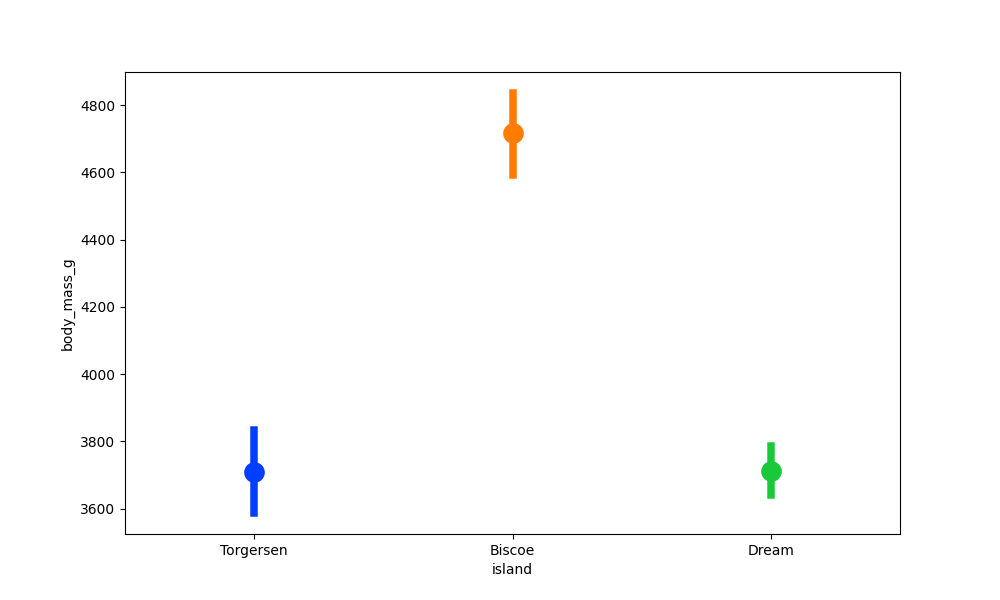
python, seaborn, pointplot, scale=2.0, join=True, hue='None', palette='bright'